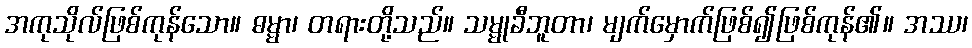
အကုသိုလ်ဖြစ်ကုန်သော။ ဓမ္မာ၊ တရားတို့သည်။ သမ္မုခီဘူတာ၊ မျက်မှောက်ဖြစ်၍ဖြစ်ကုန်၏။ အဿ၊